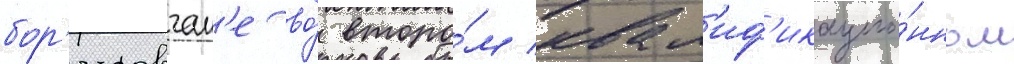
бор'исовчан'е во́ второ́м квал'иф'икацио́нном